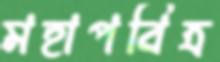
মহাপবিত্র